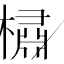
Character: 橚